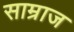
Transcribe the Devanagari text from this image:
साम्राज